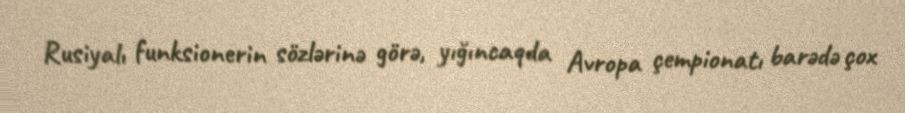
Rusiyalı funksionerin sözlərinə görə, yığıncaqda Avropa çempionatı barədə çox